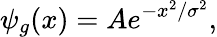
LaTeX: \psi_{g}(x)=Ae^{-x^{2}/\sigma^{2}},